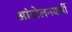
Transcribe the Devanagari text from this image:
आंदोलनकर्त्री